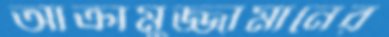
আক্রামুজ্জামানের